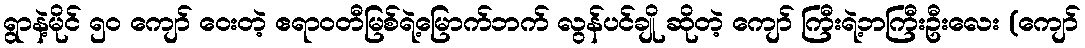
ရွာနဲ့မိုင် ၅၀ ကျော် ဝေးတဲ့ ဧရာဝတီမြစ်ရဲ့မြောက်ဘက် လွန်ပင်ချို ဆိုတဲ့ ကျော် ကြီးရဲ့ဘကြီးဦးလေး (ကျော်